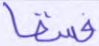
فسقا